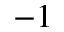
- 1